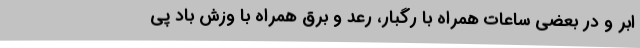
ابر و در بعضی ساعات همراه با رگبار، رعد و برق همراه با وزش باد پی